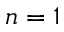
n = 1